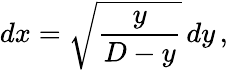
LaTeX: dx={\sqrt{\frac{y}{D-y}}}\, dy\, ,